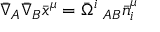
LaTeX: \bar { \nabla } _ { A } \bar { \nabla } _ { B } \bar { x } ^ { \mu } = \bar { \Omega } ^ { i } \; _ { A B } \bar { n } _ { i } ^ { \mu }